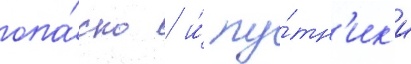
опа́сно / и́ пу́тн'ик'и